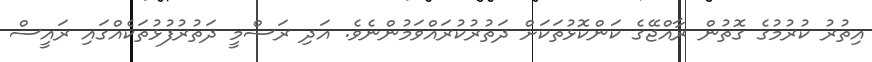
އިތުރު ކުރުމުގެ ގޮތުން ރާއްޖޭގެ ކަންކޮޅުތަކަށް ދަތުރުކުރައްވަމުންނެވެ. އަދި ރަސްމީ ދަތުރުފުޅުތަކެއްގައި ރައީސް